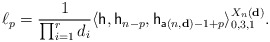
\begin{align*}\ell_p=\frac{1}{\prod_{i=1}^{r}d_i}\langle \mathsf{h},\mathsf{h}_{n-p},\mathsf{h}_{\mathsf{a}(n,\mathbf{d})-1+p}\rangle_{0,3,1}^{X_{n}(\mathbf{d})}. \end{align*}